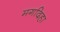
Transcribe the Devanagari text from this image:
मगदिहा